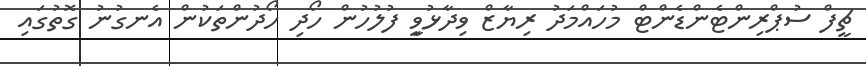
ޗީފް ސުޕްރިންޓެންޑެންޓް މުހައްމަދު ރިޔާޒް ވިދާޅުވިީ ފުލުހުން ހޯދި ހޯދުންތަކުން އެނގުނު ގޮތުގައި